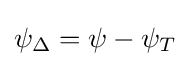
\psi _{\Delta }=\psi -\psi _{T}